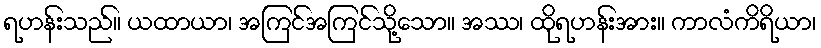
ရဟန်းသည်။ ယထာယာ၊ အကြင်အကြင်သို့သော။ အဿ၊ ထိုရဟန်းအား။ ကာလံကိရိယာ၊